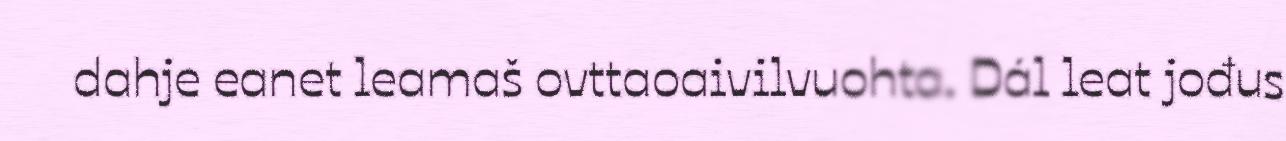
dahje eanet leamaš ovttaoaivilvuohta. Dál leat jođus